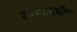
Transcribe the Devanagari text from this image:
२००८मधील